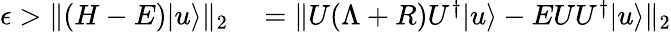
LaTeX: \begin{array}{rl}{\epsilon>\| (H-E)|u\rangle\| _{2}}&{{}=\| U(\Lambda+R)U^{\dagger}|u\rangle-EUU^{\dagger}|u\rangle\| _{2}}\end{array}